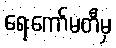
ရေးကော်မတီမှ